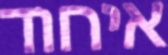
איחוד